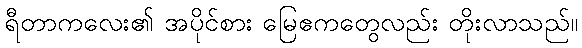
ရီတာကလေး၏ အပိုင်စား မြေဧကတွေလည်း တိုးလာသည်။